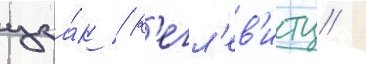
цза́к / к'егл'ев'итц /